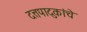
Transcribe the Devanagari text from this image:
दत्तपादुकांचे